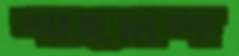
শাহচান্দ